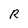
Character: R